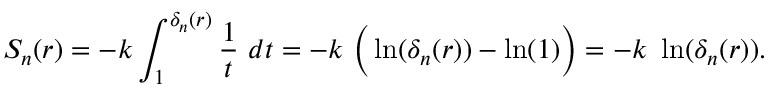
S _ { n } ( r ) = - k \int _ { 1 } ^ { \delta _ { n } ( r ) } { \frac { 1 } { t } } \ d t = - k \ \Big ( \ln ( \delta _ { n } ( r ) ) - \ln ( 1 ) \Big ) = - k \ \ln ( \delta _ { n } ( r ) ) .